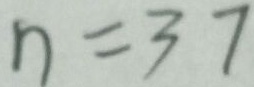
n = 3 7